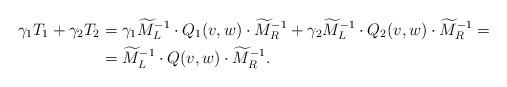
LaTeX: \begin{align*}\gamma_1T_1 + \gamma_2T_2 &= \gamma_1 \widetilde{M}_L^{-1}\cdot Q_1(v, w)\cdot \widetilde{M}_R^{-1} + \gamma_2 \widetilde{M}_L^{-1}\cdot Q_2(v, w)\cdot \widetilde{M}_R^{-1} =\\&= \widetilde{M}_L^{-1}\cdot Q(v, w)\cdot \widetilde{M}_R^{-1}.\end{align*}